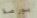
بورصة